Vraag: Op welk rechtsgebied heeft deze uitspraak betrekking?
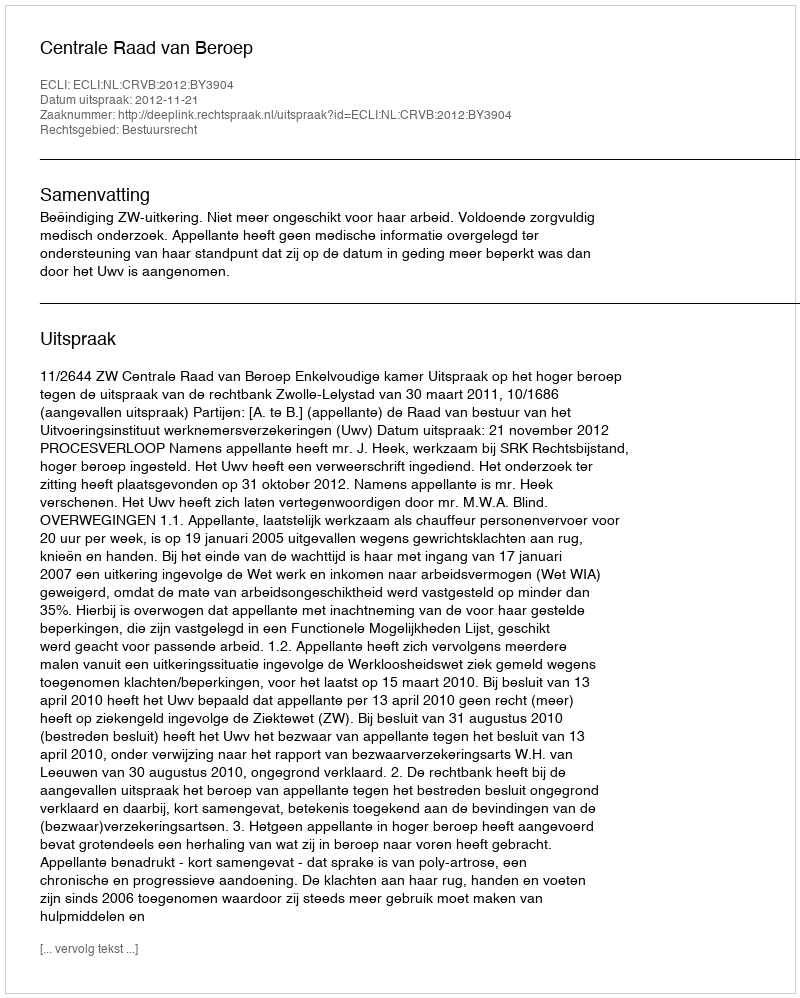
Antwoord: Bestuursrecht